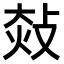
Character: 𢽀